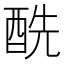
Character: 酰